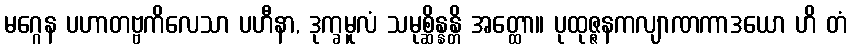
မဂ္ဂေန ပဟာတဗ္ဗကိလေသာ ပဟီနာ, ဒုက္ခမူလံ သမုစ္ဆိန္နန္တိ အတ္ထော။ ပုထုဇ္ဇနကလျာဏကာဒယော ဟိ တံ